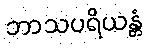
ဘာသပရိယန္တံ